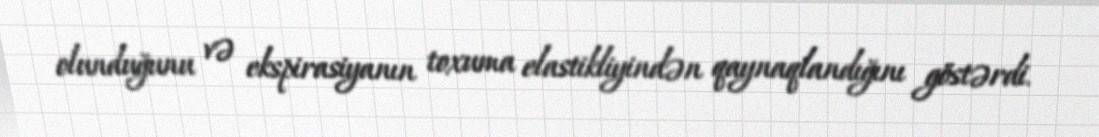
olunduğunu və ekspirasiyanın toxuma elastikliyindən qaynaqlandığını göstərdi.